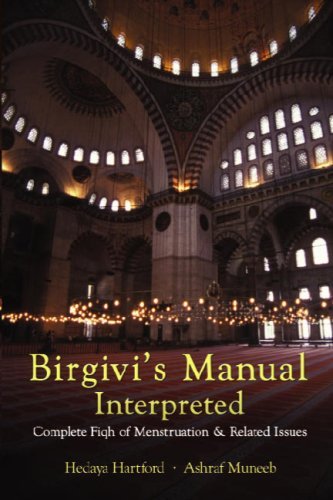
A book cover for Birgivi's Manual Interpretted: Complete Fiqh of Menstruation & Related Issues [Paperback] [2006] (Author) Hedaya Hartford and Ashraf Muneeb, Hedaya & Ashraf; Health, Fitness & Dieting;